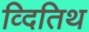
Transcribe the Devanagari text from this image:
व्दितिथ